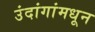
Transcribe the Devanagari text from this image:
उंदांगांमधून